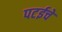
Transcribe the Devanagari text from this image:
पटईचे